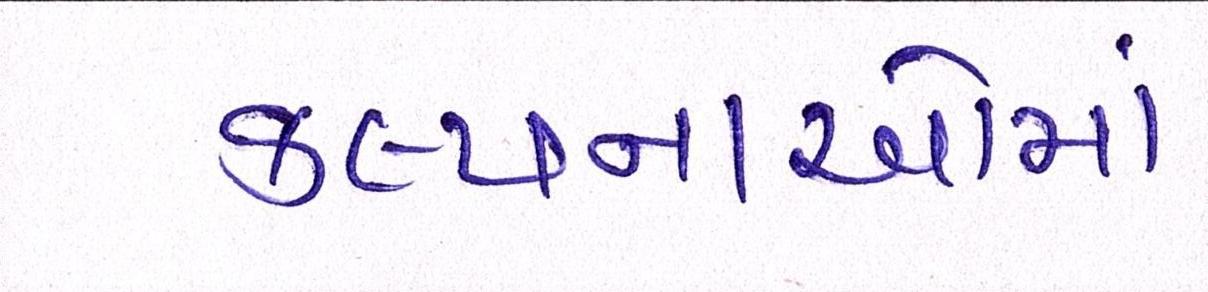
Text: કલ્પનાઓમાં